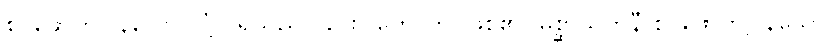
စ၊ ဖောက်ပြန်သော လုံ့လရှိသည်လည်း။ ဟောတိ၊ ဖြစ်၏။ မိစ္ဆာသတိနီ စ၊ ဖောက်ပြန်သော